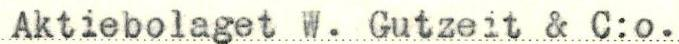
Aktiebolaget W. Gutzeit & C:o.